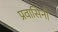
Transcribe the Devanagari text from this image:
प्रवासिनी